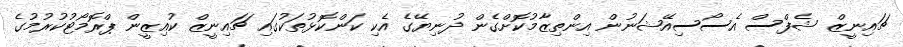
ޗައިނީޒް ޝެފްސް އެސޯސިއޭޝަނުން އިންތިޒާމުކޮށްގެން ދުނިޔޭގެ އެކި ކަންކޮޅުތަކުގައި ޗައިނީޒް ކުއިޒީން ޕްރޮމޯޓުކުރުމުގެ